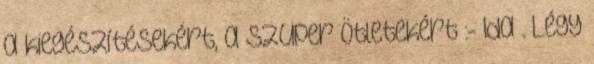
a kiegészítésekért, a szuper ötletekért :- Ida . Légy